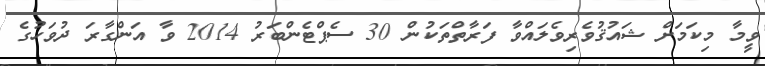
ވީމާ މިކަމަށް ޝައުޤުވެރިވެލައްވާ ފަރާތްތަކުން 30 ސެޕްޓެންބަރު 2014 ވާ އަންގާރަ ދުވަހުގެ